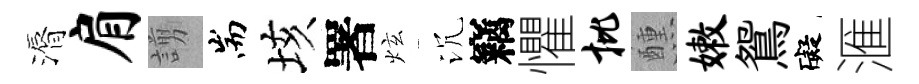
漘肩謭耑垓署炫沉竊懼批醺嫩鴛礙滙